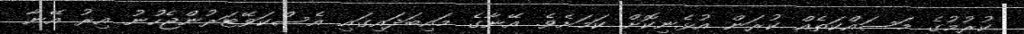
ކުރުމުގެ މަސައްކަތެއް ކުރަން އުޅެނިކޮށް ކަމަށެވެ. އޭނާގެ މައިބަދައިގައި އެސްކަވޭޓަރުންޖެހުނު އިރު އޭނާ